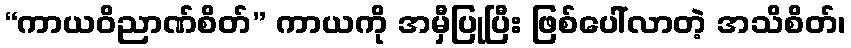
“ကာယဝိညာဏ်စိတ်” ကာယကို အမှီပြုပြီး ဖြစ်ပေါ်လာတဲ့ အသိစိတ်၊